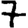
Digit: 7